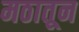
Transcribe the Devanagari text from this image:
मठातून